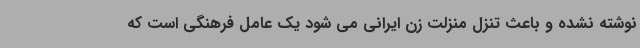
نوشته نشده و باعث تنزل منزلت زن ایرانی می شود یک عامل فرهنگی است که